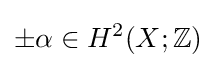
\pm \alpha \in H^{2}(X;\mathbb {Z} )